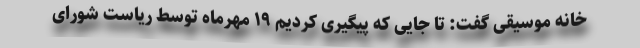
خانه موسیقی گفت: تا جایی که پیگیری کردیم ۱۹ مهرماه توسط ریاست شورای